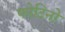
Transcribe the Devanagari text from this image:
फोटिनो